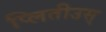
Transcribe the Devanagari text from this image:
प्लितीउस्